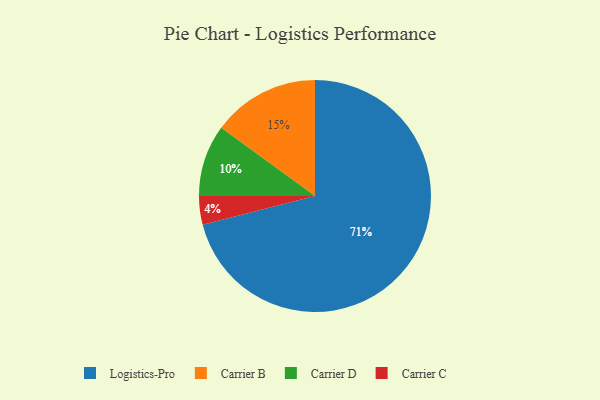
{"axis": {"x": "Category", "y": "Percentage"}, "legend": ["Carrier B", "Carrier C", "Carrier D", "Logistics-Pro"], "data": [{"x": "Carrier C", "y": 4, "type": "Carrier C"}, {"x": "Carrier D", "y": 10, "type": "Carrier D"}, {"x": "Logistics-Pro", "y": 71, "type": "Logistics-Pro"}, {"x": "Carrier B", "y": 15, "type": "Carrier B"}]}